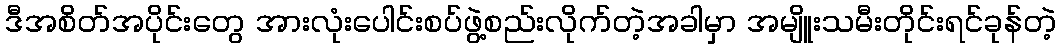
ဒီအစိတ်အပိုင်းတွေ အားလုံးပေါင်းစပ်ဖွဲ့စည်းလိုက်တဲ့အခါမှာ အမျိူးသမီးတိုင်းရင်ခုန်တဲ့